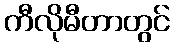
ကီလိုမီတာတွင်